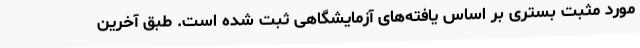
مورد مثبت بستری بر اساس یافته‌های آزمایشگاهی ثبت شده است. طبق آخرین